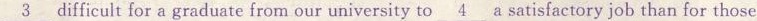
\underline{3}difficult for a graduate from our university to \underline{4} a satisfactory job than for those